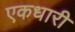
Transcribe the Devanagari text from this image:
एकधारी